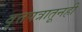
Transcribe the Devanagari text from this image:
वृत्तपत्रातूनही